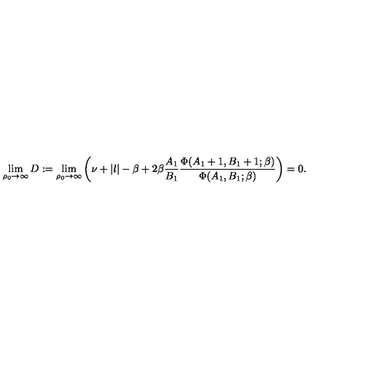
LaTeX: \lim _ { \rho _ { 0 } \rightarrow \infty } D : = \lim _ { \rho _ { 0 } \rightarrow \infty } \left( \nu + | l | - \beta + 2 \beta { \frac { A _ { 1 } } { B _ { 1 } } } { \frac { \Phi ( A _ { 1 } + 1 , B _ { 1 } + 1 ; \beta ) } { \Phi ( A _ { 1 } , B _ { 1 } ; \beta ) } } \right) = 0 .